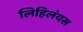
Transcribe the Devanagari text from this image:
लिहिलंयस